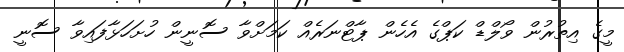
މީގެ އިތުރުން ވޯލްޑް ކަޕްގެ އެހެން ޕާޓްނަރެއް ކަމަށްވާ ސޮނީން ހުށަހަޅާފައިވާ ސޮނީ